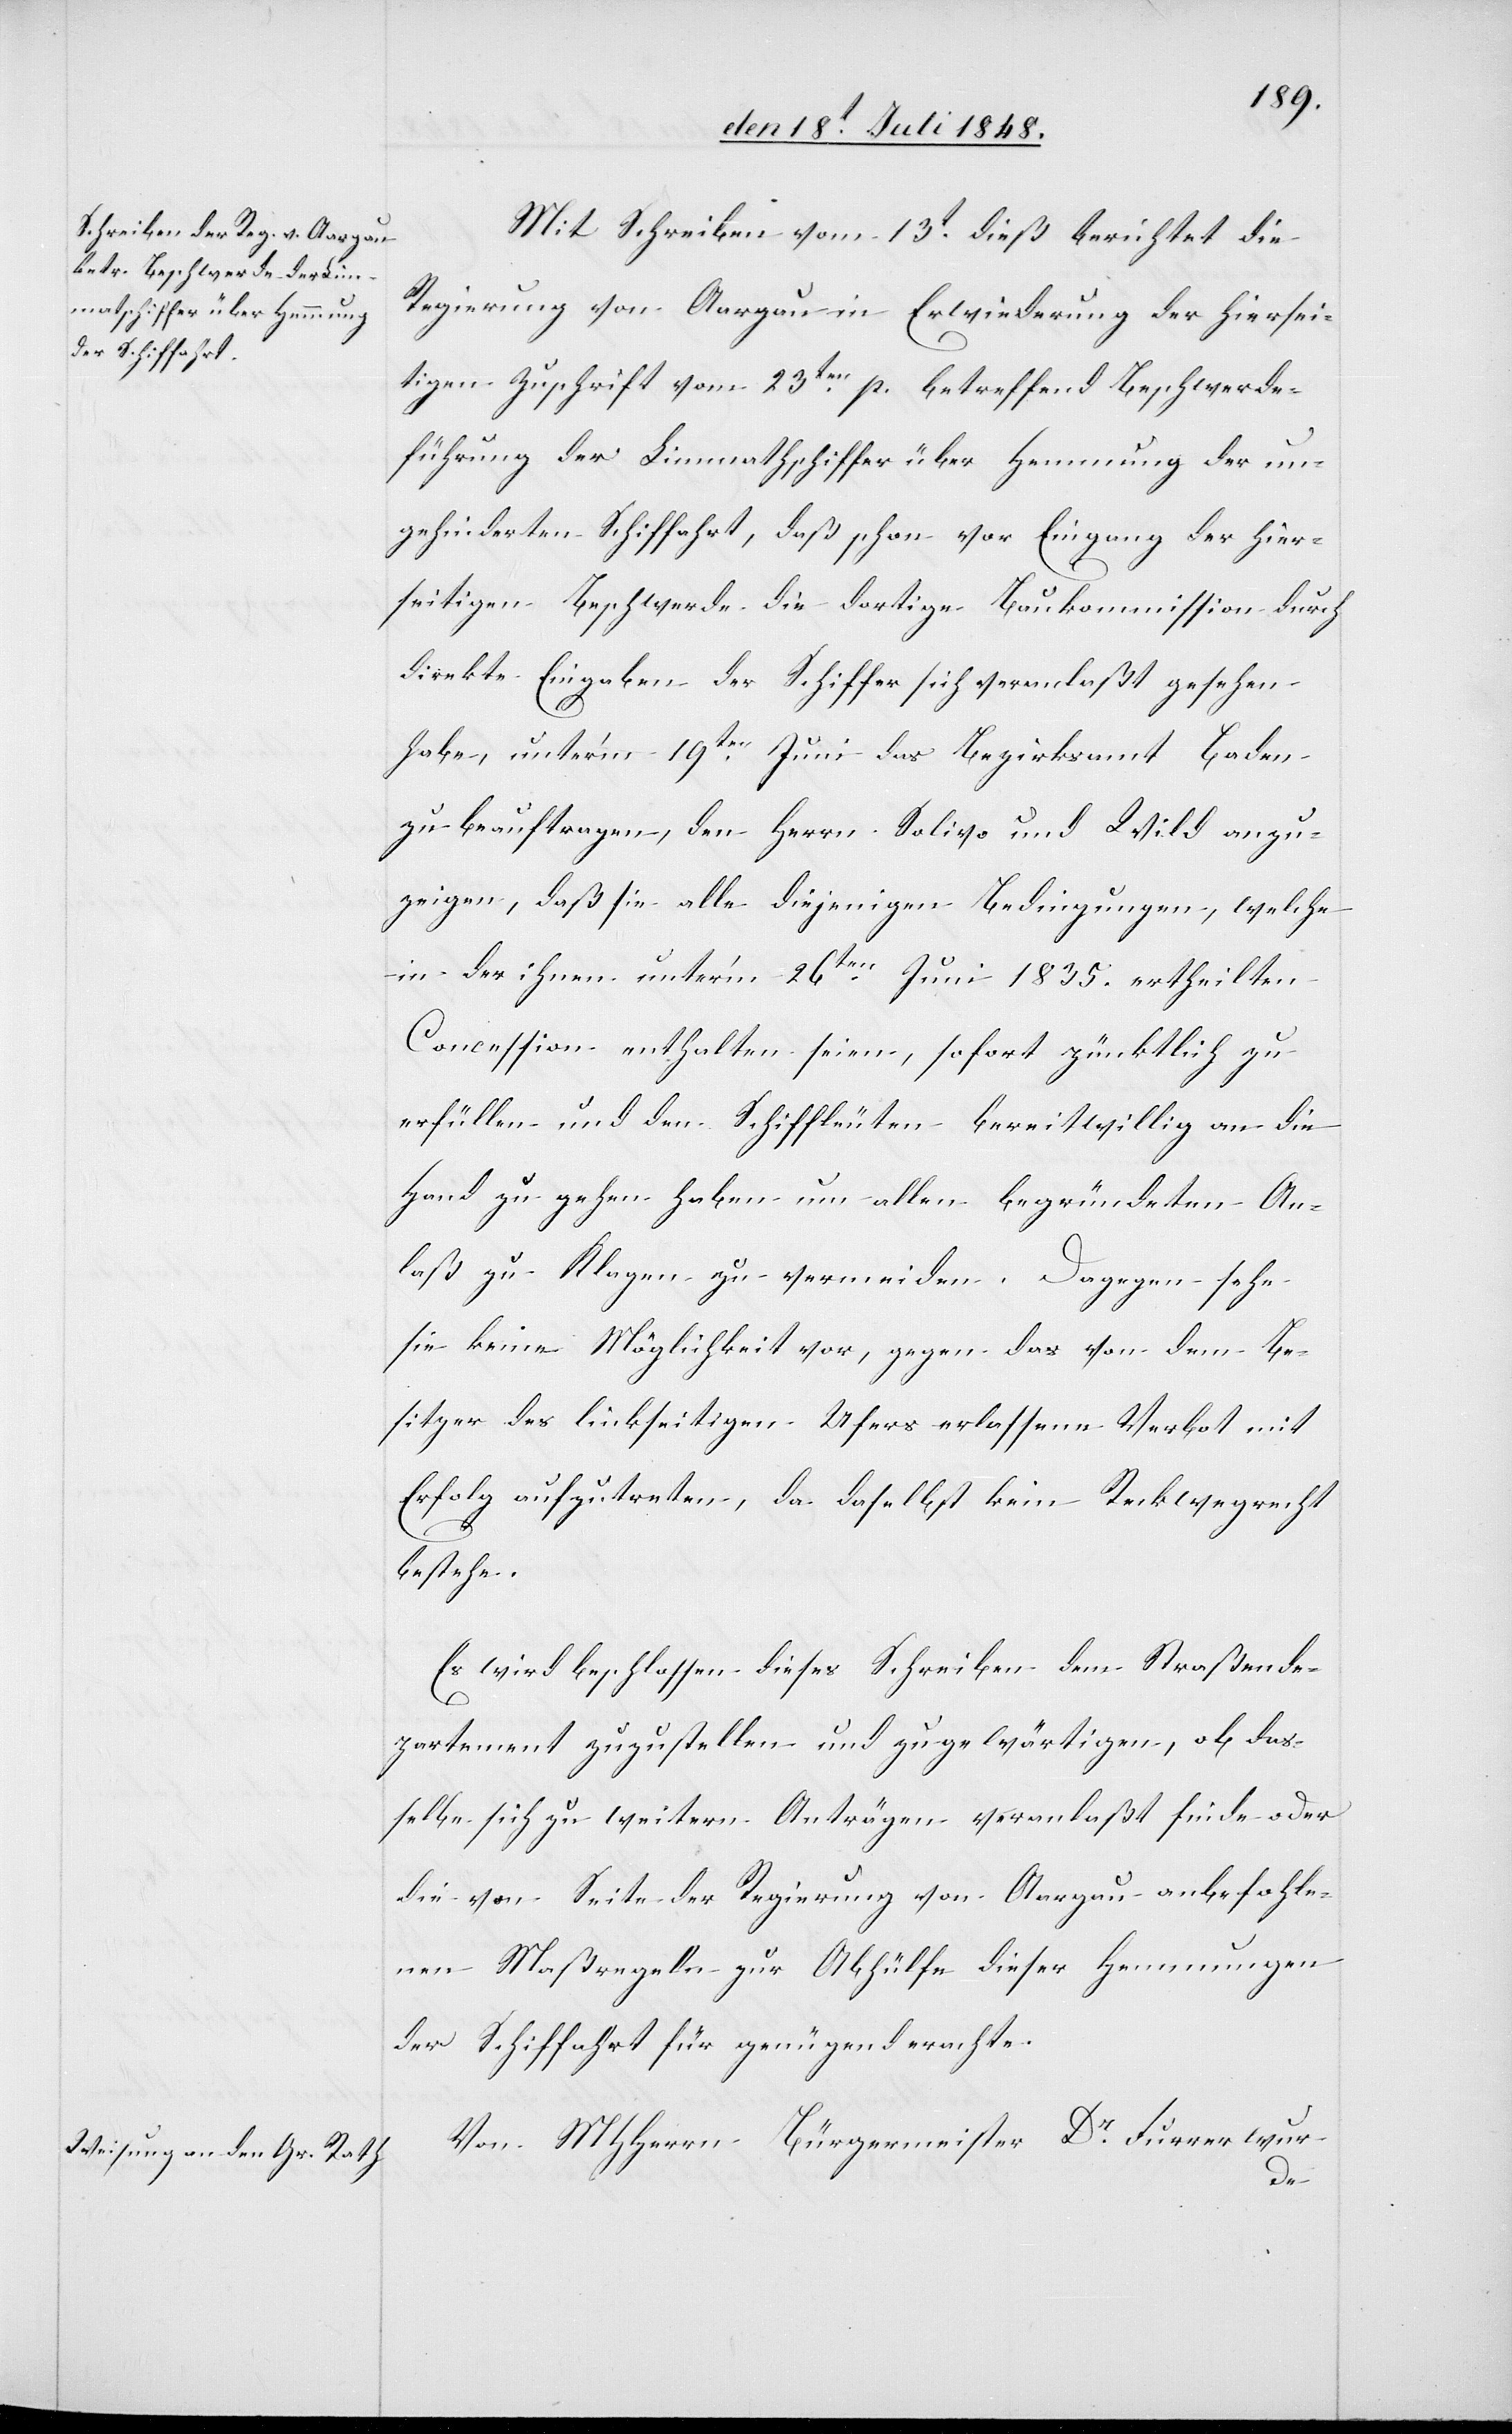
Mit Schreiben vom 13t dieß berichtet die
Regierung von Aargau in Erwiederung der hiersei¬
tigen Zuschrift vom 23ten p. betreffend Beschwerde¬
führung der Limmathschiffer über Hemmung der un¬
gehinderten Schiffahrt, daß schon vor Eingang der hier¬
seitigen Beschwerde die dortige Baukommission durch
direkte Eingaben der Schiffer sich veranlaßt gesehen
habe, unter’m 19ten Juni das Bezirksamt Baden
zu beauftragen, den Herrn Salivo und Wild anzu¬
zeigen, daß sie alle diejenigen Bedingungen, welche
in der ihnen unter’m 26ten Juni 1835. ertheilten
Concession enthalten seien, sofort pünktlich zu
erfüllen und den Schiffleuten bereitwillig an die
Hand zu gehen haben um allen begründeten An¬
laß zu Klagen zu vermeiden. Dagegen sehe
sie keine Möglichkeit vor, gegen das von dem Be¬
sitzer des linkseitigen Ufers erlassene Verbot mit
Erfolg aufzutreten, da daselbst kein Reckwegrecht
bestehe.
Es wird beschlossen dieses Schreiben dem Straßende¬
partement zuzustellen und zu gewärtigen, ob das¬
selbe sich zu weitern Anträgen veranlaßt finde oder
die von Seite der Regierung von Aargau anbefohle¬
nen Maßregeln zur Abhülfe dieser Hemmungen
der Schiffahrt für genügend erachte.
Von MHHerrn Bürgermeister Dr. Furrer wur-